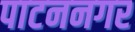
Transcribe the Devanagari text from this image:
पाटननगर